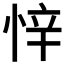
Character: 𭝅